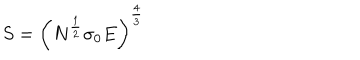
S = \left( N ^ { \frac { 1 } { 2 } } \sigma _ { 0 } E \right) ^ { \frac { 4 } { 3 } }